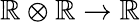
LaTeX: \mathbb{R}\otimes\mathbb{R}\rightarrow\mathbb{R}